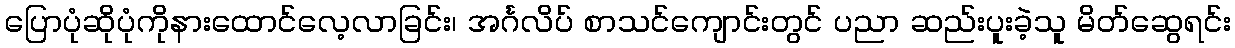
ပြောပုံဆိုပုံကိုနားထောင်လေ့လာခြင်း၊ အင်္ဂလိပ် စာသင်ကျောင်းတွင် ပညာ ဆည်းပူးခဲ့သူ မိတ်ဆွေရင်း